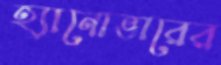
হ্যানোভারের